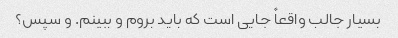
بسیار جالب واقعاً جایی است که باید بروم و ببینم. و سپس؟